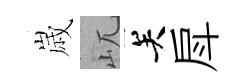
𡻕屼关戽